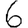
Digit: 6